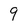
Character: 9